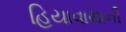
હિયાવાથાની